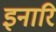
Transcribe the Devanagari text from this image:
इनारि